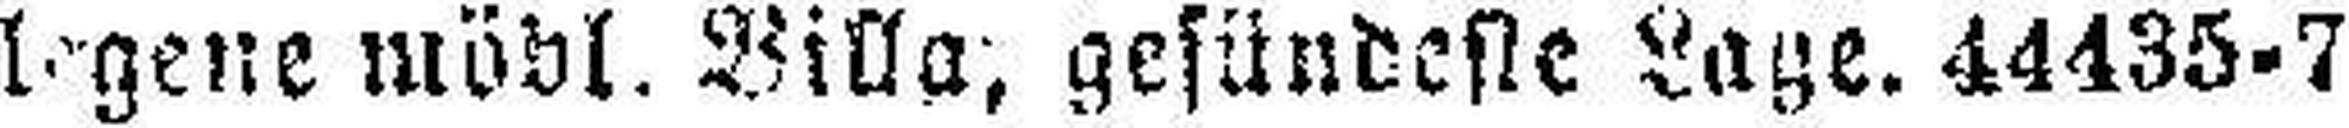
legene möbl. Villa, gesündeste Lage. 44435—7